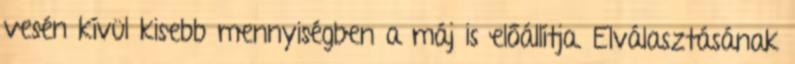
vesén kívül kisebb mennyiségben a máj is előállítja. Elválasztásának